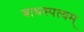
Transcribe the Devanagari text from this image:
वाधस्पत्यम्